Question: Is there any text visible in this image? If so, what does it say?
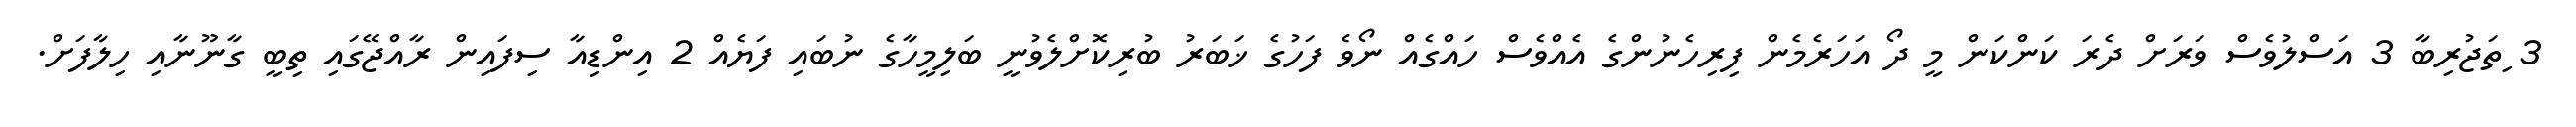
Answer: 3 ިތަޖުރިބާ 3 އަސްލުވެސް ވަރަށް ދެރަ ކަންކަން މީ ދޯ އަހަރެމެން ފިރިހެނުންގެ އެއްވެސް ހައްގެއް ނޯވެ ފަހުގެ ޚަބަރު ބުރިކޮށްލެވުނީ ބަލިމީހާގެ ނުބައި ފަޔެއް 2 އިންޑިއާ ސިފައިން ރާއްޖޭގައި ތިބީ ގާނޫނާއި ހިލާފަށް.